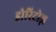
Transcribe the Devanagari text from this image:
डोरिटोज़